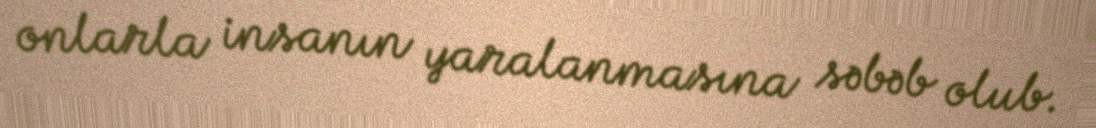
onlarla insanın yaralanmasına səbəb olub.